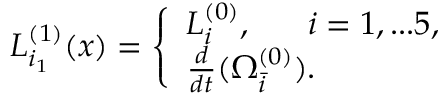
L _ { i _ { 1 } } ^ { ( 1 ) } ( x ) = \left\{ \begin{array} { l l } { { L _ { i } ^ { ( 0 ) } , \ ~ ~ ~ ~ i = 1 , . . . 5 , } } \\ { { \frac { d } { d t } ( \Omega _ { \bar { i } } ^ { ( 0 ) } ) . } } \end{array} \right.